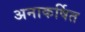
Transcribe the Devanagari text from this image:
अनाकर्षित